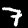
Digit: 7